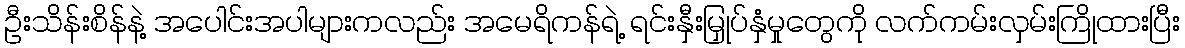
ဦးသိန်းစိန်နဲ့ အပေါင်းအပါများကလည်း အမေရိကန်ရဲ့ ရင်းနှီးမြှုပ်နှံမှုတွေကို လက်ကမ်းလှမ်းကြိုထားပြီး